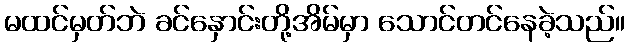
မထင်မှတ်ဘဲ ခင်နှောင်းတို့အိမ်မှာ သောင်တင်နေခဲ့သည်။